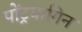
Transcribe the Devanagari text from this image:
पोंट्रयागिन